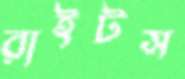
রাইটস